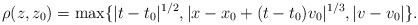
\begin{align*} \rho (z, z_0) = \max\{ |t-t_0|^{1/2}, |x - x_0 + (t - t_0) v_0|^{1/3}, |v-v_0|\}.\end{align*}